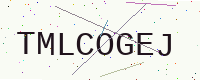
Text: TMLCOGEJ